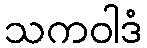
သကဝါဒံ